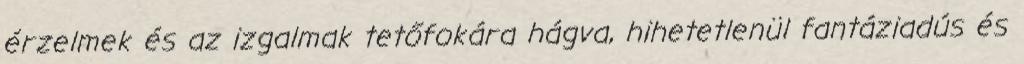
érzelmek és az izgalmak tetőfokára hágva, hihetetlenül fantáziadús és